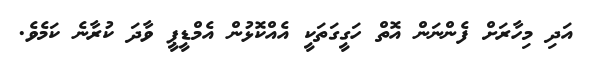
އަދި މިހާރަށް ފެންނަން އޮތް ހަގީގަތަކީ އެއްކޮޅުން އެމްޑީޕީ ވާދަ ކުރާނެ ކަމެވެ.